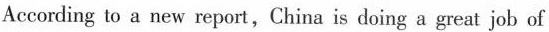
According to a new report,China is doing a great job of